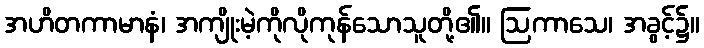
အဟိတကာမာနံ၊ အကျိုးမဲ့ကိုလိုကုန်သောသူတို့၏။ ဩကာသေ၊ အခွင့်၌။